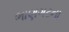
ભાણગઢના